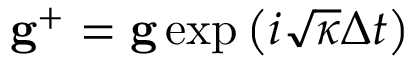
\mathbf { g } ^ { + } = \mathbf { g } \exp \left( i \sqrt { \kappa } \Delta t \right)